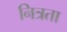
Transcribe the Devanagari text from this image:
नित्रता